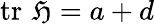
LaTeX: \operatorname{tr}\, {\mathfrak{H}}=a+d